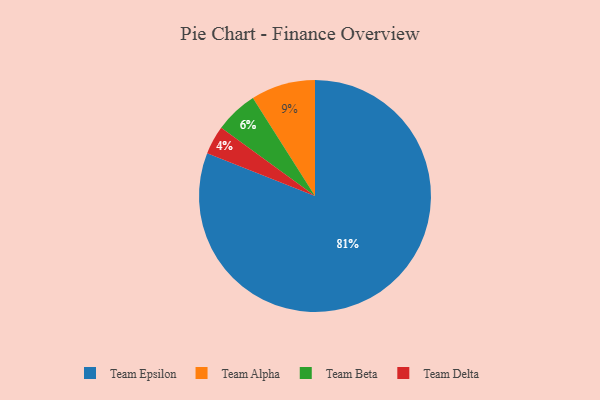
{"axis": {"x": "Category", "y": "Percentage"}, "legend": ["Team Alpha", "Team Beta", "Team Delta", "Team Epsilon"], "data": [{"x": "Team Delta", "y": 4, "type": "Team Delta"}, {"x": "Team Beta", "y": 6, "type": "Team Beta"}, {"x": "Team Epsilon", "y": 81, "type": "Team Epsilon"}, {"x": "Team Alpha", "y": 9, "type": "Team Alpha"}]}